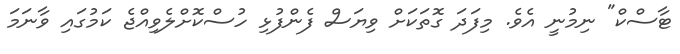
ޓާސްކް" ނިމުނީ އެވެ. މިފަދަ ގޮތަކަށް ވިޔަސް ފެންފުޅި ހުސްކޮށްލެވިއްޖެ ކަމުގައި ވާނަމަ